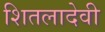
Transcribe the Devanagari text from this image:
शितलादेवी